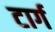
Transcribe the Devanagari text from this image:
टार्ग